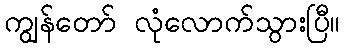
ကျွန်တော် လုံလောက်သွားပြီ။